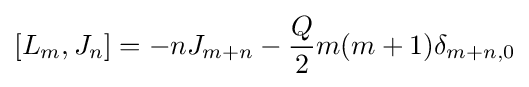
[L_{m},J_{n}]=-nJ_{m+n}-{\frac {Q}{2}}m(m+1)\delta _{m+n,0}